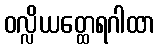
ဝလ္လိယတ္ထေရဂါထာ